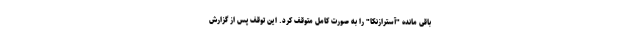
باقی مانده "آسترازنکا" را به صورت کامل متوقف کرد. این توقف پس از گزارش